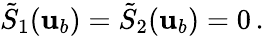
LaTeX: \tilde{S}_{1}({\mathbf{u}}_{b})=\tilde{S}_{2}({\mathbf{u}}_{b})=0\, .